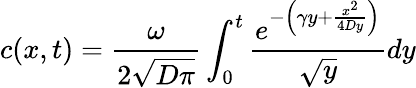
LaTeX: c(x,t)=\frac{\omega}{2\sqrt{D\pi}}\int_{0}^{t}\frac{e^{-\left(\gamma y+\frac{x^{2}}{4Dy}\right)}}{\sqrt{y}}dy